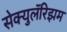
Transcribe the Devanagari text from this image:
सेक्युलॅरिझम